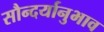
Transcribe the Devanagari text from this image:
सौन्दर्यानुभाव